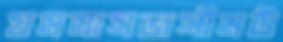
যমমাসজসীমউ